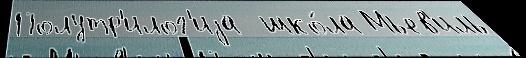
Полутр'илог'иjа  шко́ла Мьев'иль